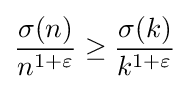
{\frac {\sigma (n)}{n^{1+\varepsilon }}}\geq {\frac {\sigma (k)}{k^{1+\varepsilon }}}